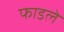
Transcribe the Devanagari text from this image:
फाडले